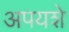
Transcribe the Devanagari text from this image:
अपयशे